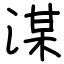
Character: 湈